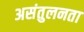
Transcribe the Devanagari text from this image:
असंतुलनता